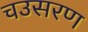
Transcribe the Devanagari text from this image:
चउसरण